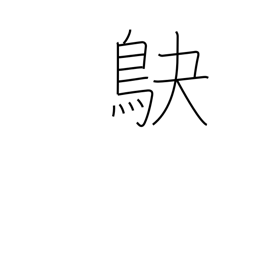
Meaning: shrike